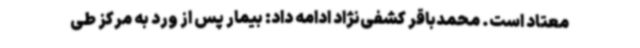
معتاد است. محمدباقر کشفی‌نژاد ادامه داد: بیمار پس از ورد به مرکز طی